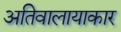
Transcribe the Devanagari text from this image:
अतिवालायाकार